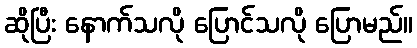
ဆိုပြီး နောက်သလို ပြောင်သလို ပြောမည်။